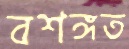
বশঙ্গত